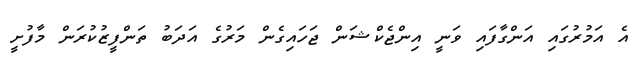
އެ އަމުރުގައި އަންގާފައި ވަނީ އިންޖެކްޝަން ޖަހައިގެން މަރުގެ އަދަބު ތަންފީޒުކުރަން މާފުށީ